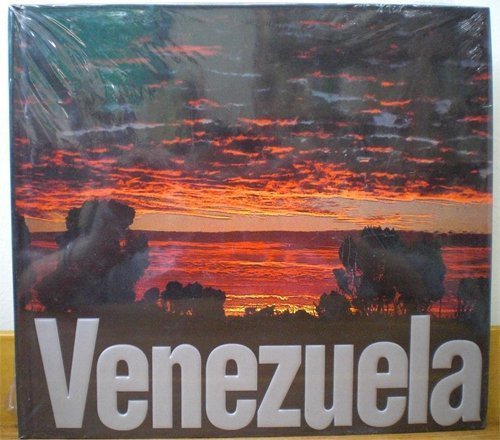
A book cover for Venezuela; Aquiles Nazoa; Travel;